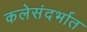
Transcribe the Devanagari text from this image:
कलेसंदर्भात